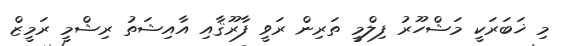
މި ޚަބަރަކީ މަޝްހޫރު ފިލްމީ ތަރިން ރަވީ ފާރޫޤާއި އާއިޝަތު ރިޝްމީ ރަމީޒް